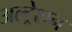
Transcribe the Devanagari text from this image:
अल्ट्रेशन